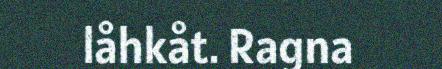
låhkåt. Ragna